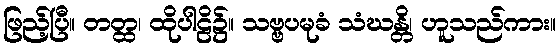
ဖြည့်ပြီ။ တတ္ထ၊ ထိုပါဠိ၌။ သဗ္ဗပမုခံ သံဃန္တိ၊ ဟူသည်ကား။